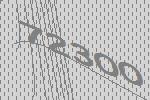
72300